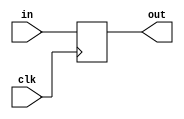
module coreir_reg #(
    parameter width = 1,
    parameter clk_posedge = 1,
    parameter init = 1
) (
    input clk,
    input [width-1:0] in,
    output [width-1:0] out
);
  reg [width-1:0] outReg=init;
  wire real_clk;
  assign real_clk = clk_posedge ? clk : ~clk;
  always @(posedge real_clk) begin
    outReg <= in;
  end
  assign out = outReg;
endmodule

module reg_P_wrapped (
    input [3:0] I,
    input CLK,
    output [3:0] O
);
coreir_reg #(
    .clk_posedge(1'b1),
    .init(4'h0),
    .width(4)
) reg_P_inst0 (
    .clk(CLK),
    .in(I),
    .out(O)
);
endmodule